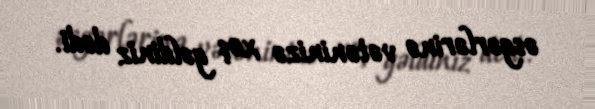
əsgərlərinə vətəninizə xoş gəldiniz dedi.